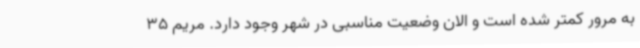
به مرور کمتر شده است و الان وضعیت مناسبی در شهر وجود دارد. مریم 35